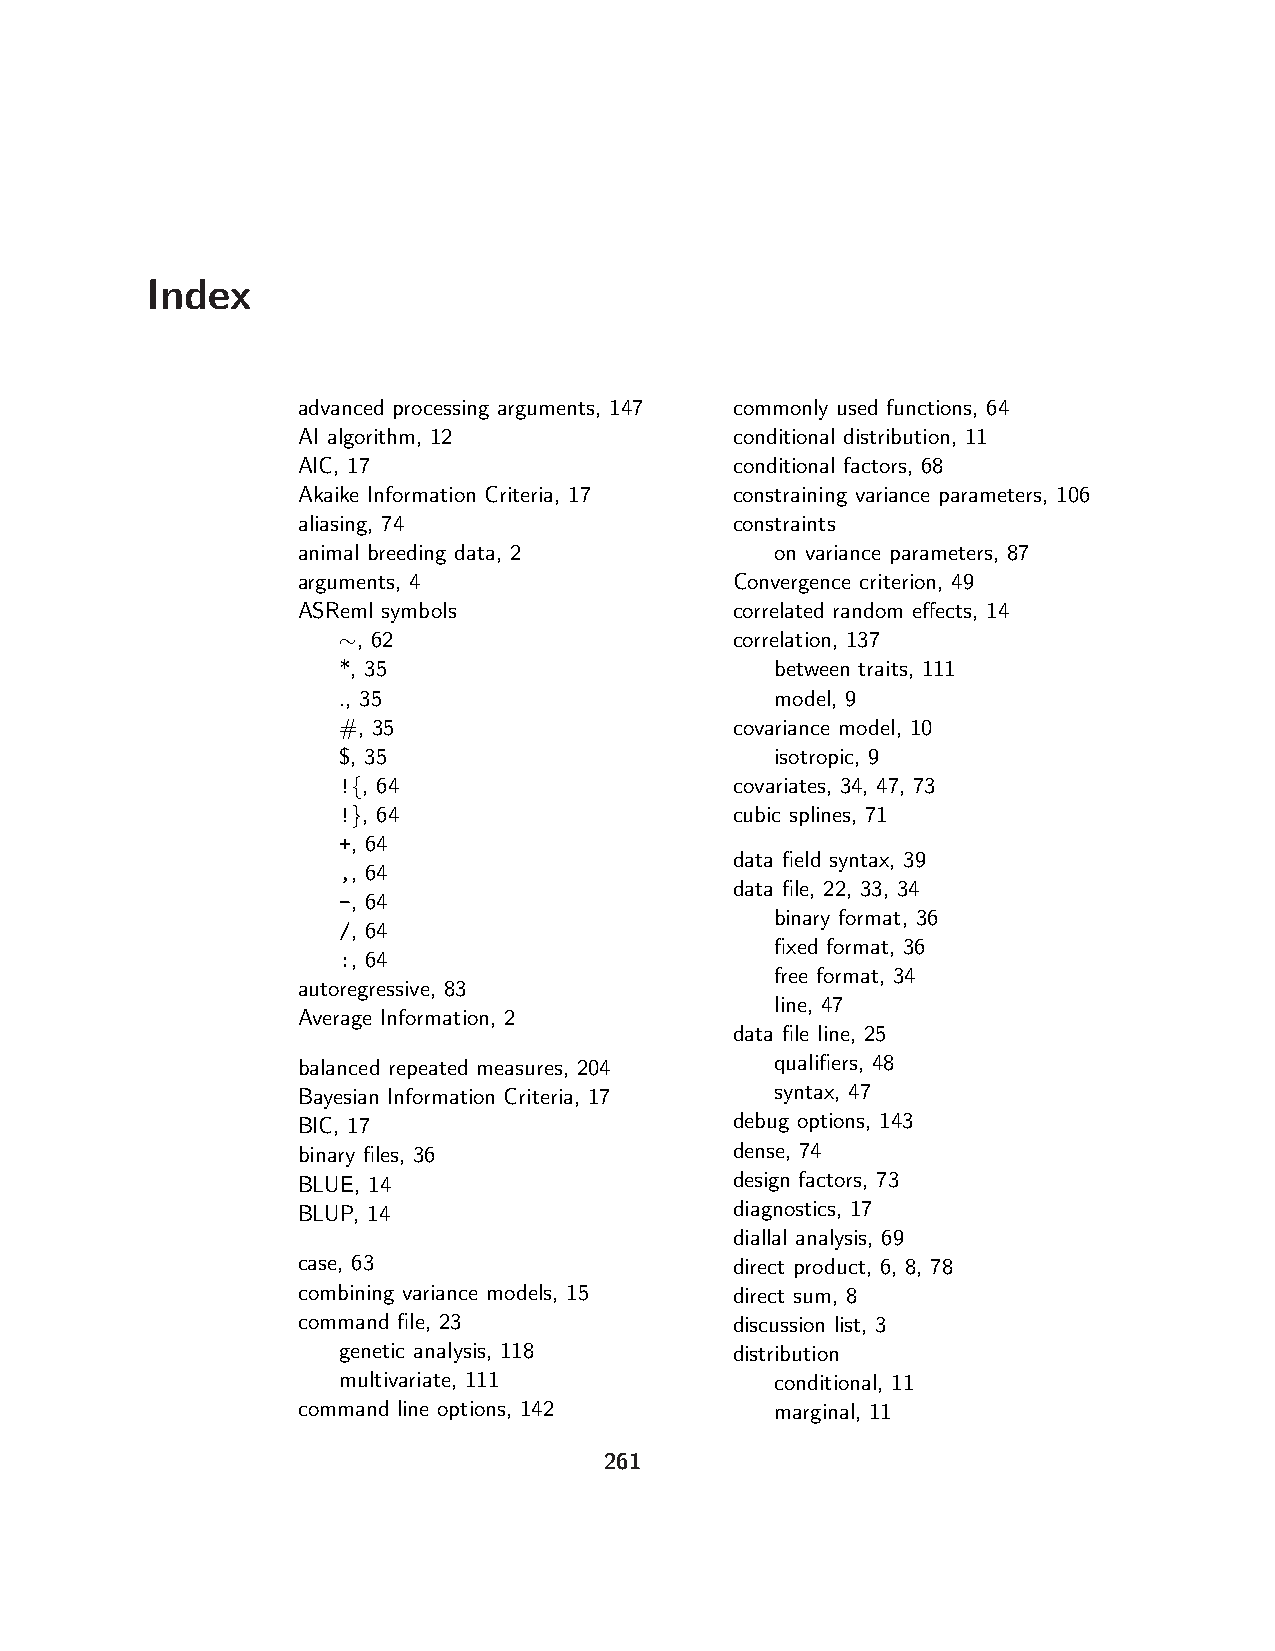
Index
 advanced processing arguments, 147 commonly used functions, 64
 AI algorithm, 12             conditional distribution, 11
 AIC, 17                      conditional factors, 68
 Akaike Information Criteria, 17 constraining variance parameters, 106
 aliasing, 74                 constraints
 animal breeding data, 2        on variance parameters, 87
 arguments, 4                 Convergence criterion, 49
 ASReml symbols               correlated random effects, 14
 ∼, 62                      correlation, 137
 *, 35                        between traits, 111
 ., 35                        model, 9
 #, 35                      covariance model, 10
 $, 35                        isotropic, 9
 !{, 64                     covariates, 34, 47, 73
 !}, 64                     cubic splines, 71
 +, 64
 data field syntax, 39
 ,, 64
 data file, 22, 33, 34
 -, 64
 binary format, 36
 /, 64
 fixed format, 36
 :, 64
 free format, 34
 autoregressive, 83
 line, 47
 Average Information, 2
 data file line, 25
 balanced repeated measures, 204 qualifiers, 48
 Bayesian Information Criteria, 17 syntax, 47
 BIC, 17                      debug options, 143
 binary files, 36             dense, 74
 BLUE, 14                     design factors, 73
 BLUP, 14                     diagnostics, 17
 diallal analysis, 69
 case, 63                     direct product, 6, 8, 78
 combining variance models, 15 direct sum, 8
 command file, 23             discussion list, 3
 genetic analysis, 118      distribution
 multivariate, 111            conditional, 11
 command line options, 142      marginal, 11
 261